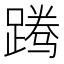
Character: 𬧃